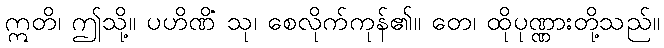
ဣတိ၊ ဤသို့။ ပဟိဏိံ သု၊ စေလိုက်ကုန်၏။ တေ၊ ထိုပုဏ္ဏားတို့သည်။